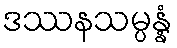
ဒဿနသမ္ပန္နံ